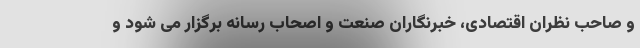
و صاحب نظران اقتصادی، خبرنگاران صنعت و اصحاب رسانه برگزار می شود و